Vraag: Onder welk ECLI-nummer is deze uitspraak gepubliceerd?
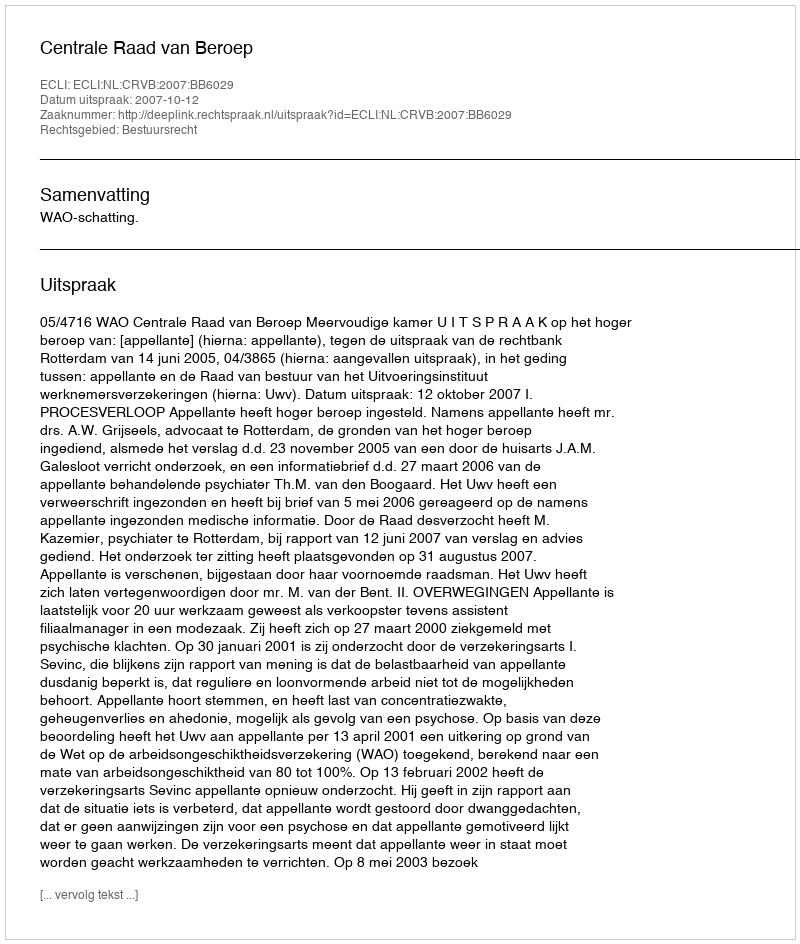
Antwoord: ECLI:NL:CRVB:2007:BB6029